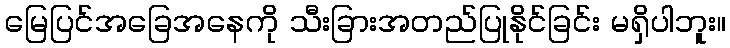
မြေပြင်အခြေအနေကို သီးခြားအတည်ပြုနိုင်ခြင်း မရှိပါဘူး။